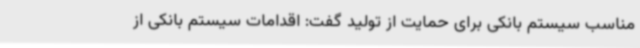
مناسب سیستم بانکی برای حمایت از تولید گفت: اقدامات سیستم بانکی از